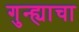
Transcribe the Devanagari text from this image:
गुन्ह्याचा